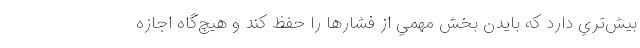
بيش‌تري دارد كه بایدن بخش مهمي از فشارها را حفظ كند و هيچ‌گاه اجازه